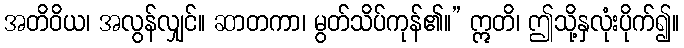
အတိဝိယ၊ အလွန်လျှင်။ ဆာတကာ၊ မွတ်သိပ်ကုန်၏။” ဣတိ၊ ဤသို့နှလုံးပိုက်၍။